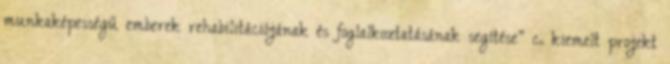
munkaképességű emberek rehabilitációjának és foglalkoztatásának segítése” c. kiemelt projekt